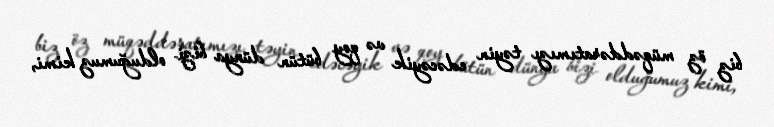
biz öz müqəddəratımızı təyin edəcəyik və qoy bütün dünya bizi olduğumuz kimi,